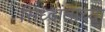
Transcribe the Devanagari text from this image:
सिध्दांताच्या